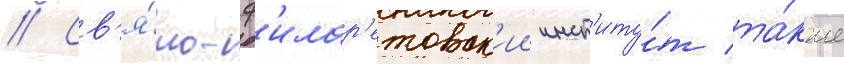
// Св'я́то-ф'илар'етовск'ии инст'иту́т та́кже